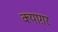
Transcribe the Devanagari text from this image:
क्याग़र